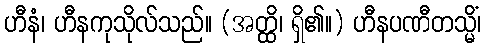
ဟီနံ၊ ဟီနကုသိုလ်သည်။ (အတ္ထိ၊ ရှိ၏။) ဟီနပဏီတသ္မိံ၊